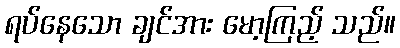
ရပ်နေသော ချင်အား မော့ကြည့် သည်။